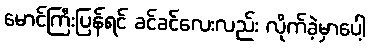
မောင်ကြီးပြန်ရင် ခင်ခင်လေးလည်း လိုက်ခဲ့မှာပေါ့